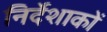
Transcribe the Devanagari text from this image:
निर्देशाकों